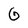
Character: G